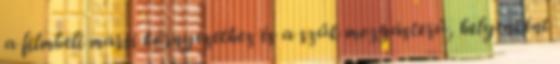
a filmbeli marsi környezethez és a szűk mozgásterű, helyenként